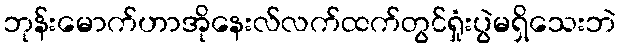
ဘုန်းမောက်ဟာအိုနေးလ်လက်ထက်တွင်ရှုံးပွဲမရှိသေးဘဲ